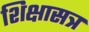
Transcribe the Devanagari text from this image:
शिक्षासत्र